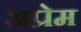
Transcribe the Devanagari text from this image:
अप्रेम